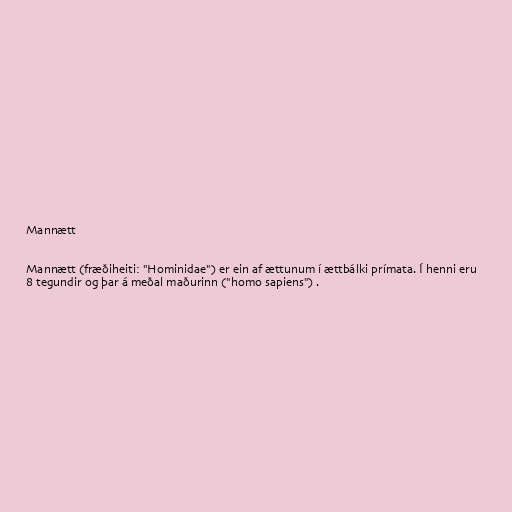
Mannætt

Mannætt (fræðiheiti: "Hominidae") er ein af ættunum í ættbálki prímata. Í henni eru
8 tegundir og þar á meðal maðurinn ("homo sapiens") .